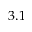
3 . 1